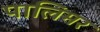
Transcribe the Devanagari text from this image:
पालिमर